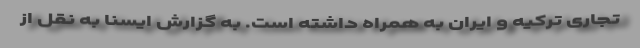
تجاری ترکیه و ایران به همراه داشته است. به گزارش ایسنا به نقل از